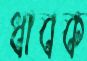
ধাবক